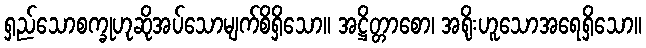
ရှည်သောစက္ခုဟုဆိုအပ်သောမျက်စိရှိသော။ အဋ္ဌိတ္တာစော၊ အရိုးဟူသောအရေရှိသော။